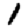
Digit: 1